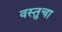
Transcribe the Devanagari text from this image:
वस्तुचा